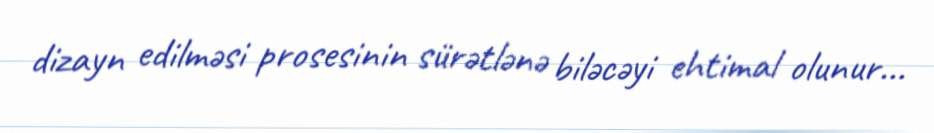
dizayn edilməsi prosesinin sürətlənə biləcəyi ehtimal olunur...